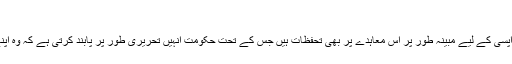
"
انہوں نے کہا کہ بعض قبائلی افراد کو اپنے علاقوں میں واپسی کے لیے مبینہ طور پر اس معاہدے پر بھی تحفظات ہیں جس کے تحت حکومت انہیں تحریری طور پر پابند کرتی ہے کہ وہ اپنے علاقوں میں شدت پسندوں کو دوبارہ نہیں آنے دیں گے۔